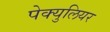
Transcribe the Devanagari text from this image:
पेक्युलियर